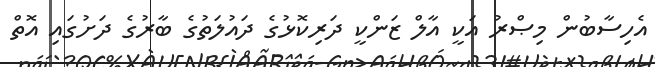
އެހިސާބުން މިޞްރު އަކީ އާލް ޒަންކީ ދަރިކޮޅުގެ ދައުލަތުގެ ބާރުގެ ދަށުގައި އޮތް